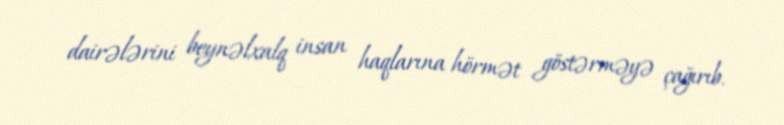
dairələrini beynəlxalq insan haqlarına hörmət göstərməyə çağırıb.